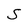
Character: S